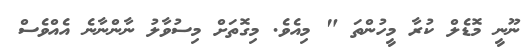
ނޫނީ މޮޑެލް ކުރާ މީހުންތަ " މިއެވެ. މިގޮތަށް މިސުވާލު ނާންނާނެ އެއްވެސް